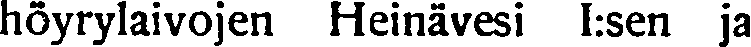
höyrylaivojen Heinävesi I:sen ja